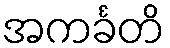
အကင်္ခတိ